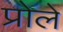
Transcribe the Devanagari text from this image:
प्रोले